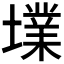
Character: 𡑿